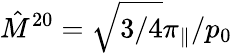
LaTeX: \hat{M}^{20}=\sqrt{3/4}\pi_{\| }/p_{0}